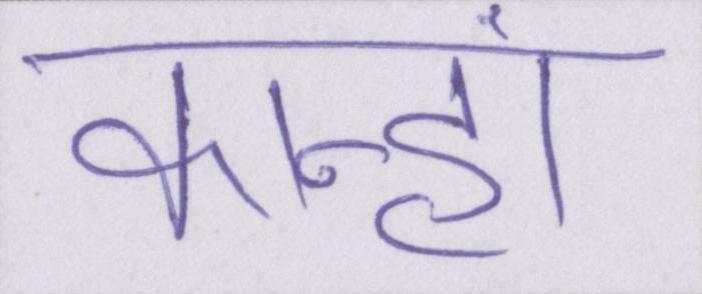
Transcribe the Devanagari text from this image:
कान्हां